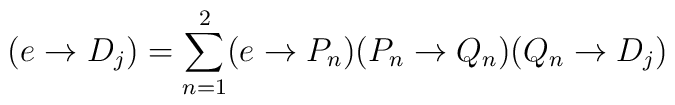
(e\rightarrow D_j) = \sum_{n=1}^2 (e\rightarrow P_n)(P_n\rightarrow Q_n)(Q_n\rightarrow D_j)